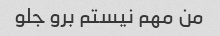
من مهم نیستم برو جلو